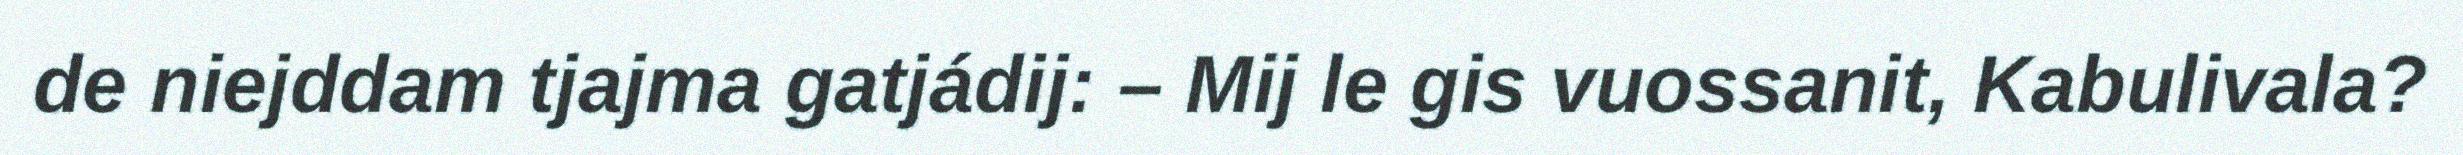
de niejddam tjajma gatjádij: – Mij le gis vuossanit, Kabulivala?